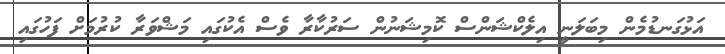
އަޅުގަނޑުމެން މިބަލަނީ އިލެކްޝަންސް ކޮމިޝަނުން ސަރުކާރާ ވެސް އެކުގައި މަޝްވަރާ ކުރުމަށް ފަހުގައި